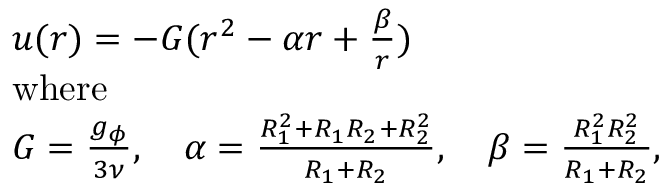
\begin{array} { r l } & { u ( r ) = - G ( r ^ { 2 } - \alpha r + \frac { \beta } { r } ) } \\ & { \mathrm { w h e r e } } \\ & { G = \frac { g _ { \phi } } { 3 \nu } , \quad \alpha = \frac { R _ { 1 } ^ { 2 } + R _ { 1 } R _ { 2 } + R _ { 2 } ^ { 2 } } { R _ { 1 } + R _ { 2 } } , \quad \beta = \frac { R _ { 1 } ^ { 2 } R _ { 2 } ^ { 2 } } { R _ { 1 } + R _ { 2 } } , } \end{array}